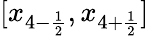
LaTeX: [x_{4-\frac{1}{2}},x_{4+\frac{1}{2}}]